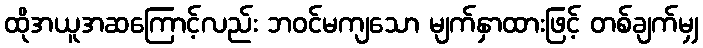
ထိုအယူအဆကြောင့်လည်း ဘဝင်မကျသော မျက်နှာထားဖြင့် တစ်ချက်မျှ